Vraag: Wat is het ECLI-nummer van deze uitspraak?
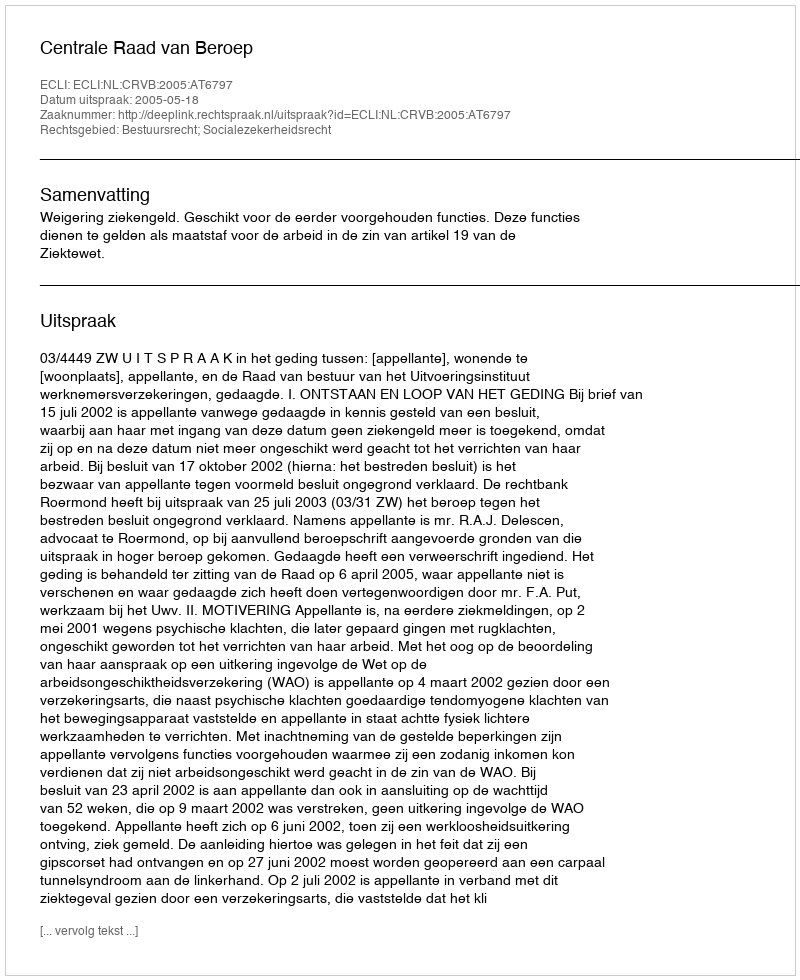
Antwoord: ECLI:NL:CRVB:2005:AT6797